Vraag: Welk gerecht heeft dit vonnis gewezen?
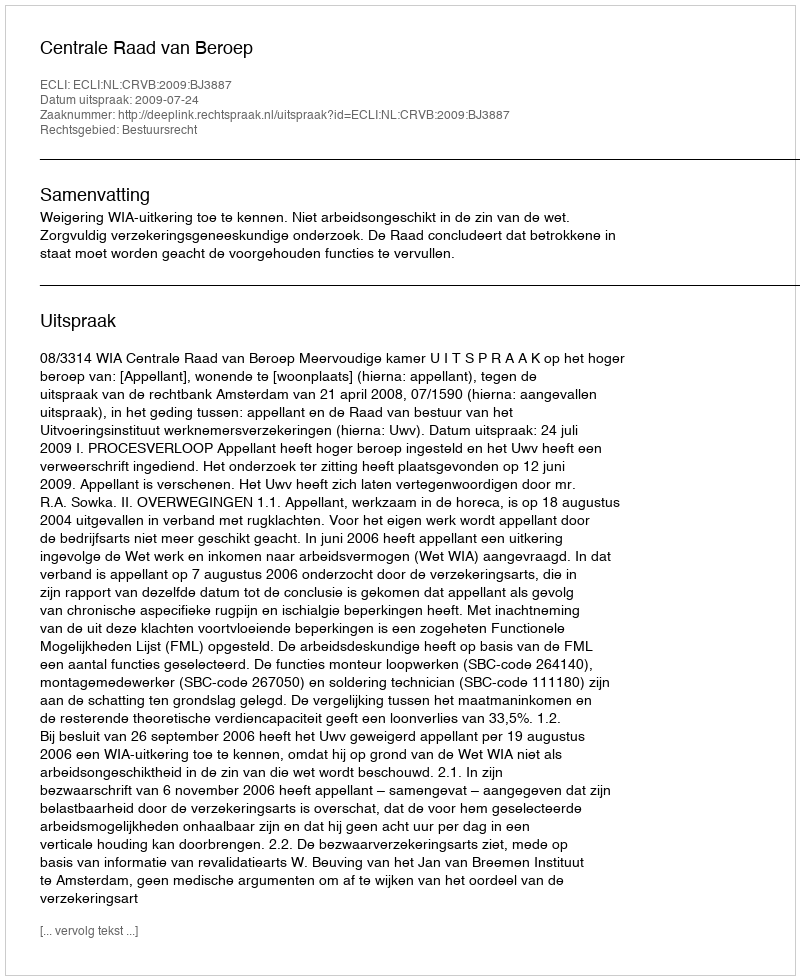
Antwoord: Centrale Raad van Beroep